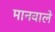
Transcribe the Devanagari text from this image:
मानवाले